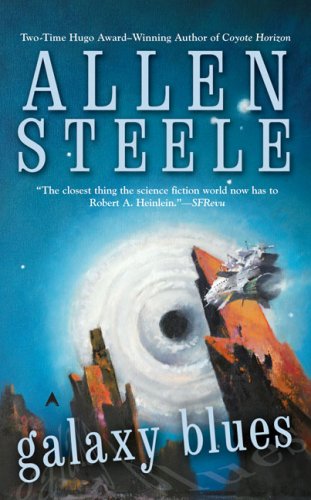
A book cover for Galaxy Blues; Allen Steele; Science Fiction & Fantasy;